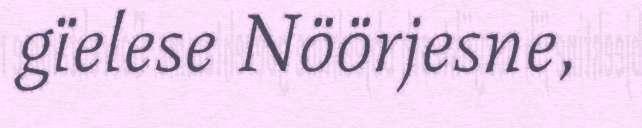
gïelese Nöörjesne,